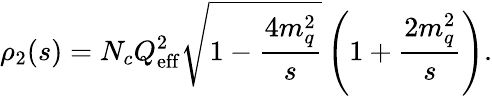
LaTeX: \rho_{2}(s)=N_{c}Q_{\mathrm{eff}}^{2}\sqrt{1-\frac{4m_{q}^{2}}s}\left(1+\frac{2m_{q}^{2}}s\right).